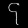
Digit: ၄